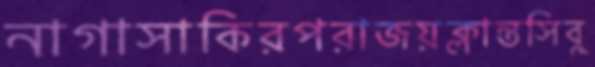
নাগাসাকিরপরাজয়ক্লান্তসিবু